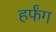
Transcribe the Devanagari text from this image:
हर्फंग